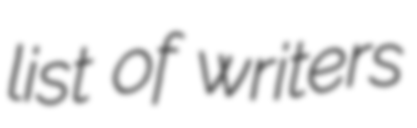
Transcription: list of writers